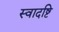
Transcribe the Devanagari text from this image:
स्वादष्टि